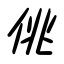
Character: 佻